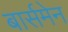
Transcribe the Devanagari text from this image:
बार्समेन